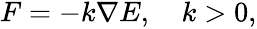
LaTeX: \begin{array}{r}{F=-k\nabla E,\quad k>0,}\end{array}